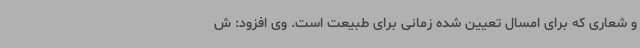
و شعاری که برای امسال تعیین شده زمانی برای طبیعت است. وی افزود: ش